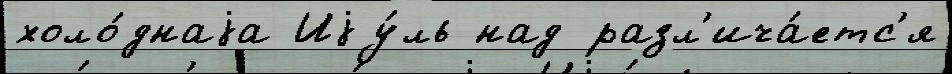
холо́днаjа Иjу́ль над разл'ича́етс'я